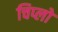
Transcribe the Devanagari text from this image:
चिप्लो